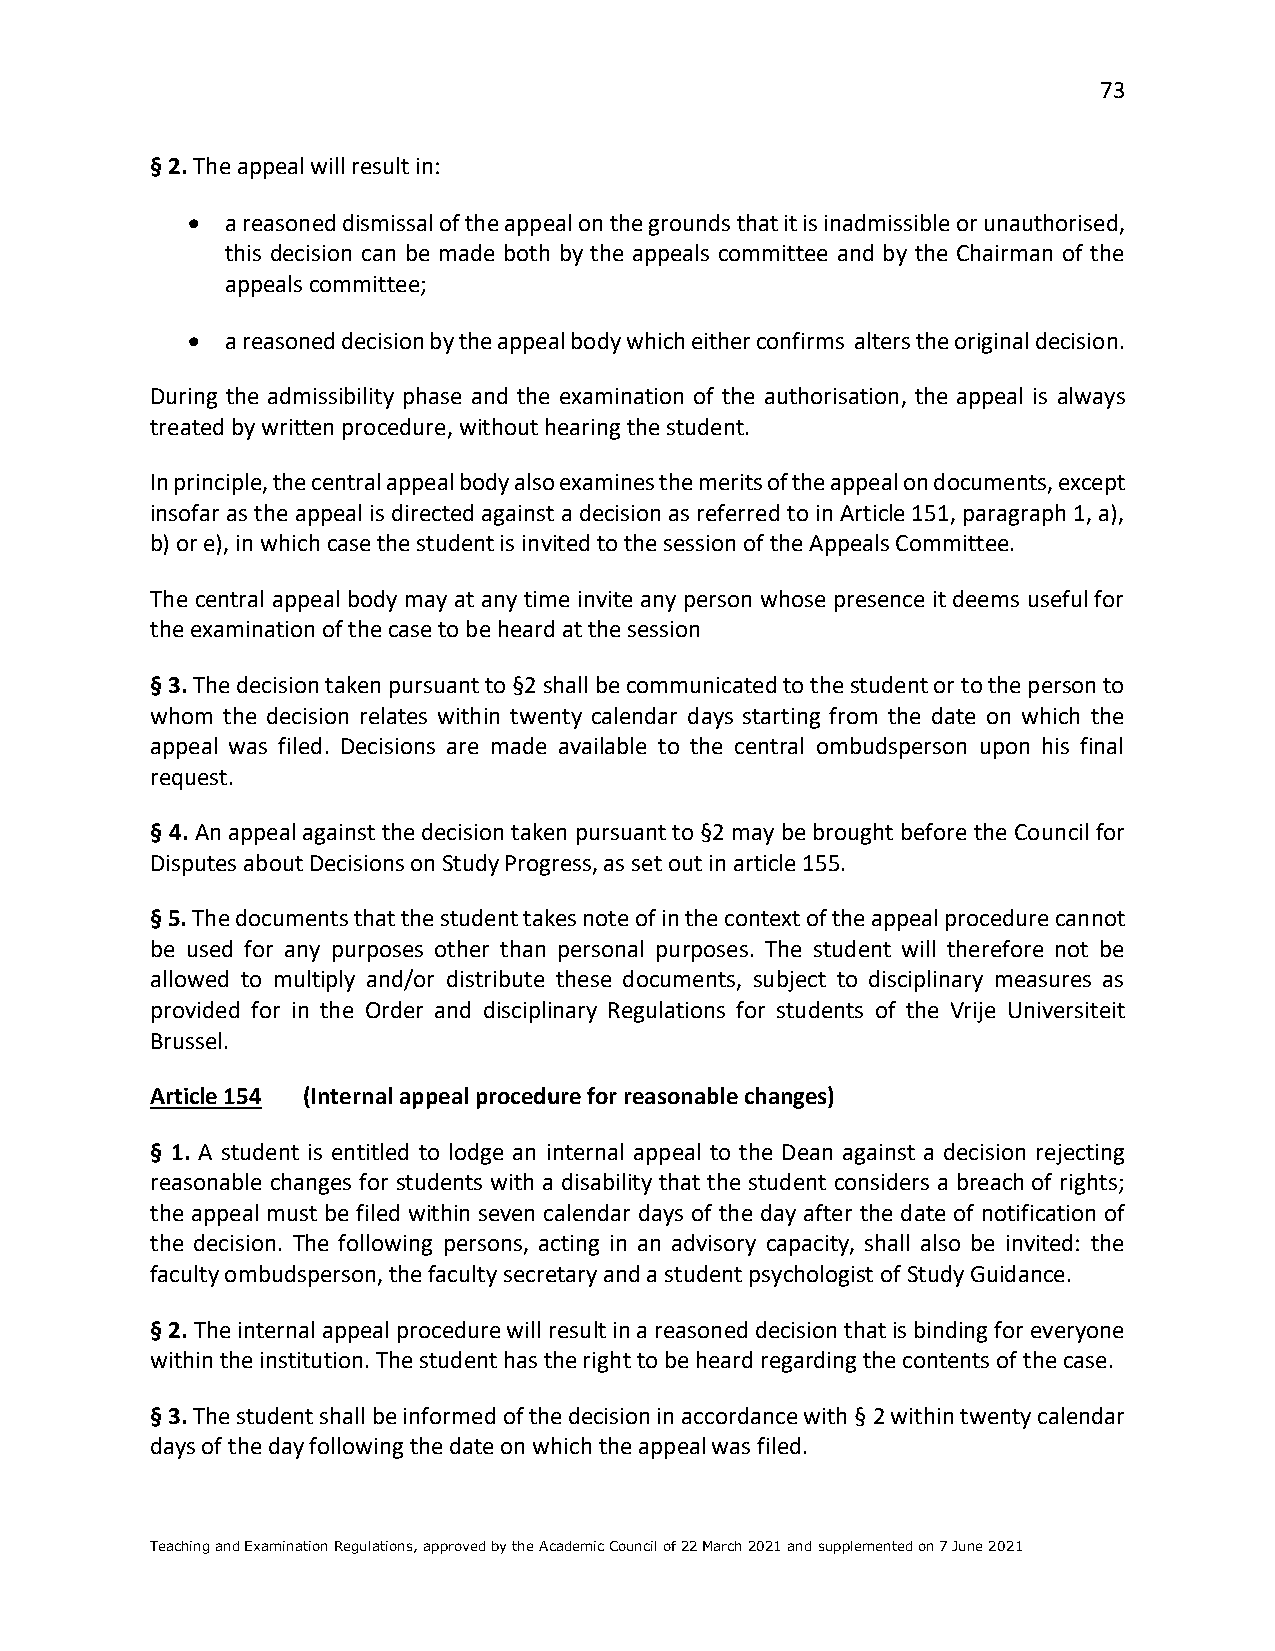
73
 § 2. The appeal will result in:
 •  a reasoned dismissal of the appeal on the grounds that it is inadmissible or unauthorised,
 this decision can be made both by the appeals committee and by the Chairman of the
 appeals committee;
 •  a reasoned decision by the appeal body which either confirms alters the original decision.
 During the admissibility phase and the examination of the authorisation, the appeal is always
 treated by written procedure, without hearing the student.
 In principle, the central appeal body also examines the merits of the appeal on documents, except
 insofar as the appeal is directed against a decision as referred to in Article 151, paragraph 1, a),
 b) or e), in which case the student is invited to the session of the Appeals Committee.
 The central appeal body may at any time invite any person whose presence it deems useful for
 the examination of the case to be heard at the session
 § 3. The decision taken pursuant to §2 shall be communicated to the student or to the person to
 whom the decision relates within twenty calendar days starting from the date on which the
 appeal was filed. Decisions are made available to the central ombudsperson upon his final
 request.
 § 4. An appeal against the decision taken pursuant to §2 may be brought before the Council for
 Disputes about Decisions on Study Progress, as set out in article 155.
 § 5. The documents that the student takes note of in the context of the appeal procedure cannot
 be used for any purposes other than personal purposes. The student will therefore not be
 allowed to multiply and/or distribute these documents, subject to disciplinary measures as
 provided for in the Order and disciplinary Regulations for students of the Vrije Universiteit
 Brussel.
 Article 154 (Internal appeal procedure for reasonable changes)
 § 1. A student is entitled to lodge an internal appeal to the Dean against a decision rejecting
 reasonable changes for students with a disability that the student considers a breach of rights;
 the appeal must be filed within seven calendar days of the day after the date of notification of
 the decision. The following persons, acting in an advisory capacity, shall also be invited: the
 faculty ombudsperson, the faculty secretary and a student psychologist of Study Guidance.
 § 2. The internal appeal procedure will result in a reasoned decision that is binding for everyone
 within the institution. The student has the right to be heard regarding the contents of the case.
 § 3. The student shall be informed of the decision in accordance with § 2 within twenty calendar
 days of the day following the date on which the appeal was filed.
 Teaching and Examination Regulations, approved by the Academic Council of 22 March 2021 and supplemented on 7 June 2021